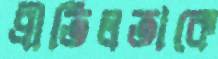
প্রীতিলতাকে